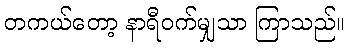
တကယ်တော့ နာရီဝက်မျှသာ ကြာသည်။